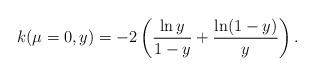
LaTeX: \begin{align*}k (\mu = 0, y) = - 2 \left(\frac{\ln y}{1 - y} + \frac{\ln(1-y)}{y}\right).\end{align*}